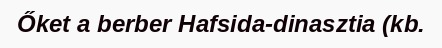
Őket a berber Hafsida-dinasztia (kb.